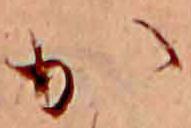
か